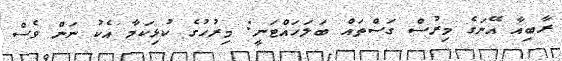
ރާބިއާ އޭނަގެ މިރުސް ގަސްތައް ބަލަހައްޓަނީ: މިރުހުގެ ކުޅިކަމާ އެކު ނަން ވެސް